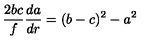
\frac { 2 b c } { f } \frac { d a } { d r } = ( b - c ) ^ { 2 } - a ^ { 2 }